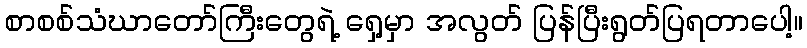
စာစစ်သံဃာတော်ကြီးတွေရဲ့ ရှေ့မှာ အလွတ် ပြန်ပြီးရွတ်ပြရတာပေါ့။